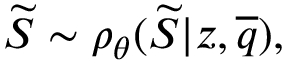
\widetilde { S } \sim \rho _ { \theta } ( \widetilde { S } | z , \overline { { q } } ) ,